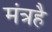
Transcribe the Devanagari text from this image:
मंत्रहै